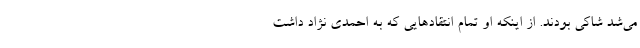
می‌شد شاکی بودند. از اینکه او تمام انتقادهایی که به احمدی نژاد داشت